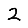
Digit: 2